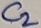
Text: C2